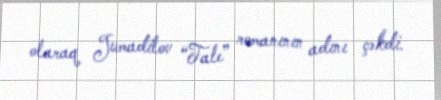
olaraq Jumadilov “Tale” romanının adını çəkdi.